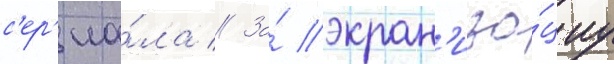
с'ер'иа́ла // За́ экран'иза́циу